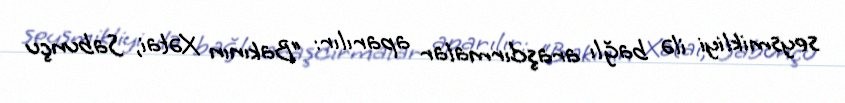
seysmikliyi ilə bağlı araşdırmalar aparılır: “Bakının Xətai, Sabunçu